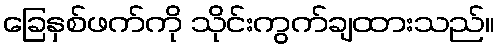
ခြေနှစ်ဖက်ကို သိုင်းကွက်ချထားသည်။